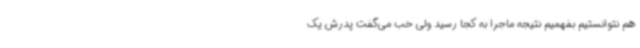
هم نتوانستیم بفهمیم نتیجه ماجرا به کجا رسید ولی خب می‌گفت پدرش یک